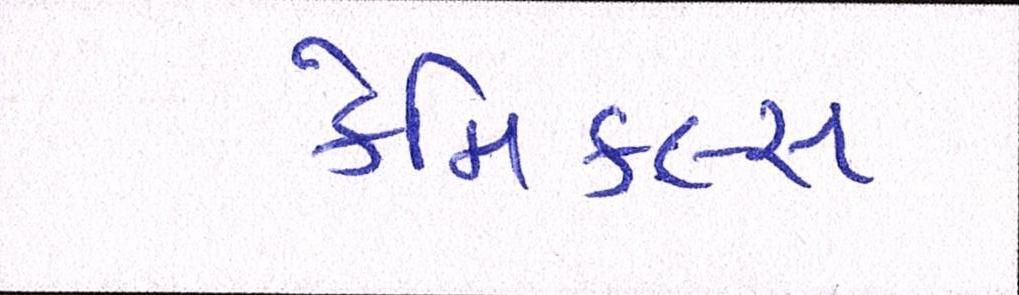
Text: કેમિકલ્સ